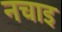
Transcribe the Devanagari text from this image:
नचाइ